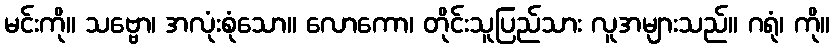
မင်းကို။ သဗ္ဗော၊ အလုံးစုံသော။ လောကော၊ တိုင်းသူပြည်သား လူအများသည်။ ဂရုံ၊ ကို။